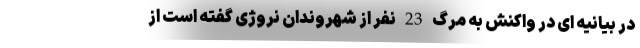
در بیانیه ای در واکنش به مرگ 23 نفر از شهروندان نروژی گفته است از